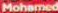
Mohamed